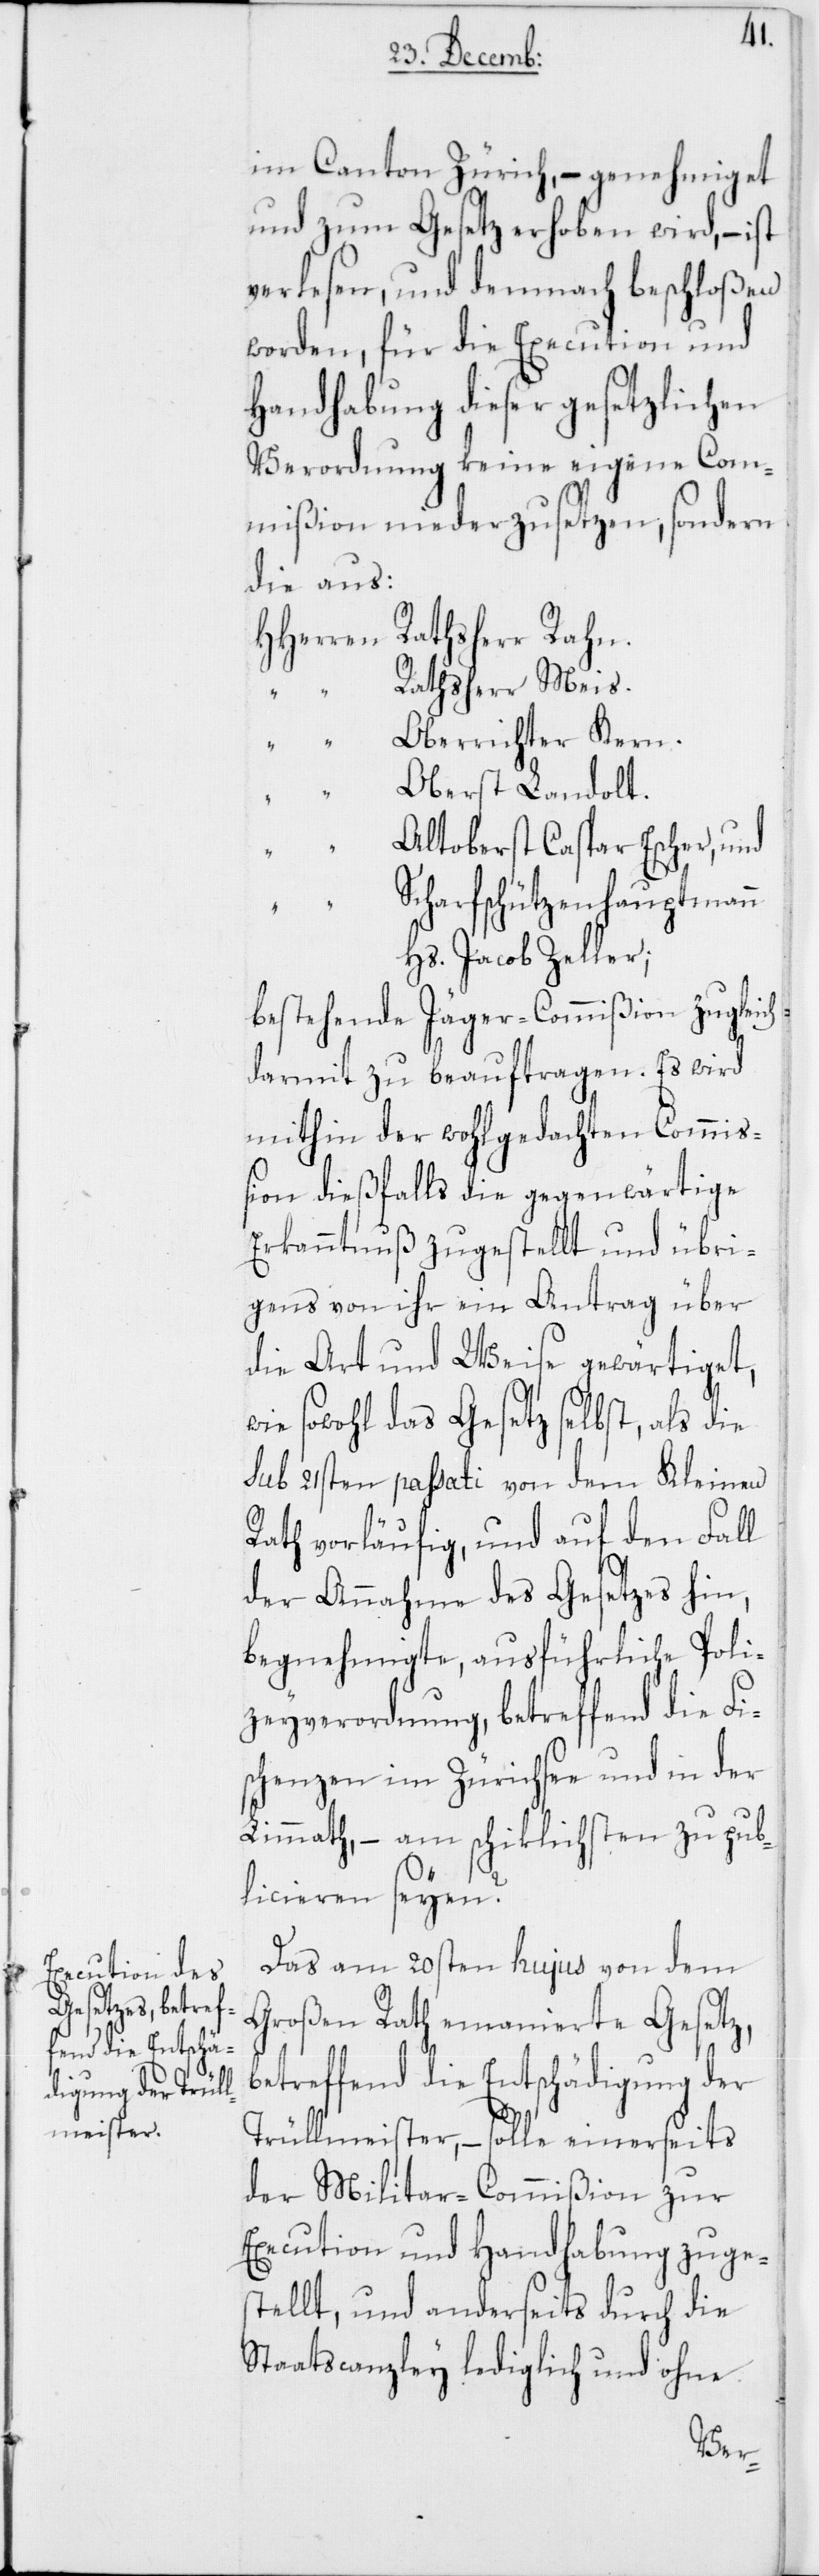
im Canton Zürich, – genehmiget
und zum Gesetz erhoben wird, – ist
verlesen, und demnach beschloßen
worden, für die Execution und
Handhabung dieser gesetzlichen
Verordnung keine eigene Com¬
mißion niederzusetzen, sondern
die aus:
Rathsherr Meis.
Oberrichter Kern.
Oberst Landolt.
Altoberst Caspar Escher, und
charfschützenhauptmann
Hs. Jacob Zeller;
bestehende Jäger-Commißion zugleich
darmit zu beauftragen. Es wird
mithin der wohlgedachten Commi¬
ßion dießfalls die gegenwärtige
Erkanntnuß zugestellt und übri¬
gens von ihr ein Antrag über
die Art und Weise gewärtiget,
wie sowohl das Gesetz selbst, als die
sub 21sten passati von dem Kleinen
Rath vorläufig, und auf den Fall
der Annahme des Gesetzes hin,
begnehmigte, ausführliche Poli¬
zeyverordnung, betreffend die Fi¬
schenzen im Zürichsee und in der
Limmath, – am schiklichsten zu pub¬
S¬
licieren seyen?
Das am 20sten hujus von dem
Großen Rath emanierte Gesetz,
betreffend die Entschädigung der
Trüllmeister, – solle einerseits
der Militar-Commißion zur
Execution und Handhabung zuges¬
tellt, und anderseits durch die
Staatscanzley lediglich und ohne